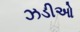
ઝડીઓ